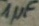
Text: 1µF